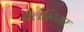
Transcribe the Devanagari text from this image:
बैलेस्टियर